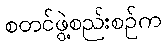
စတင်ဖွဲ့စည်းစဉ်က